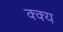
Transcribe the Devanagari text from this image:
क्क्य